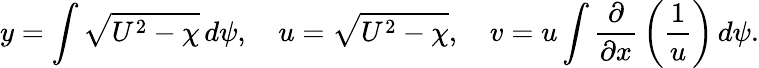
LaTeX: y=\int{\sqrt{U^{2}-\chi}}\, d\psi,\quad u={\sqrt{U^{2}-\chi}},\quad v=u\int{\frac{\partial}{\partial x}}\left({\frac{1}{u}}\right)\, d\psi.